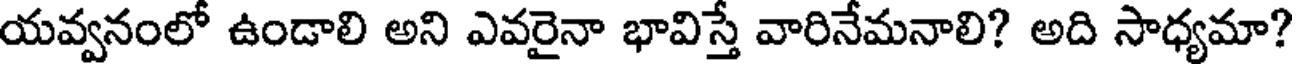
యవ్వనంలో ఉండాలి అని ఎవరైనా భావిస్తే వారినేమనాలి? అది సాధ్యమా?